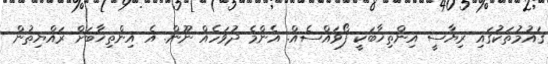
ޤައުމުތަކުގައި ރިޔާސީ އިންތިޚާބަކީ ފޯވައްސެއް. އެންމެ ދުވަހެއް ނޫން. އެ އިންތިޚާބަށް ރައްޔިތުން